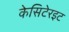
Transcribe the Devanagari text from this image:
केसिटेरइट